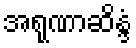
အရုဏာဆိန္ဒံ